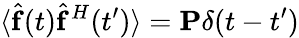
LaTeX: \langle\widehat{\mathbf{f}}(t)\widehat{\mathbf{f}}^{H}(t^{\prime})\rangle=\mathbf{P}\delta(t-t^{\prime})